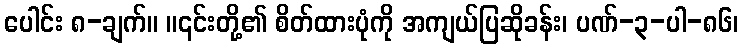
ပေါင်း ၈-ချက်။ ။၎င်းတို့၏ စိတ်ထားပုံကို အကျယ်ပြဆိုခန်း၊ ပဏ်-၃-ပါ-၈၆၊